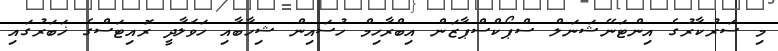
މި ސަރުކާރުގެ އިންޓަނޭޝަނަލް ސްޕޯކްސްޕާޒަން އިބްރާހިމް ހުސައިން ޝިހާބާއި ހަވަލާދީ ރޮއިޓަސްގެ ޚަބަރުގައި